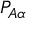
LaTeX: P _ { A \alpha }